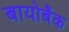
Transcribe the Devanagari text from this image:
बायोबैंक